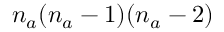
n _ { a } ( n _ { a } - 1 ) ( n _ { a } - 2 )